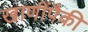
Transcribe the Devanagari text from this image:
खाणींपैकी